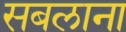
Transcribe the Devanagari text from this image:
सबलाना